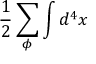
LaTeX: \frac { 1 } { 2 } \sum _ { \phi } \int d ^ { 4 } x \protect